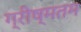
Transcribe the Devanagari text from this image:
ग्रीष्मतम